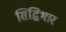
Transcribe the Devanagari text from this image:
सिद्धिभार